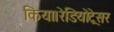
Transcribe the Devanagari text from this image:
किया।रेडियोट्रेसर